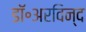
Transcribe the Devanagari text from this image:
डॉ॰अरविन्द